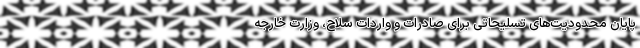
پایان محدودیت‌های تسلیحاتی برای صادرات و واردات سلاح، وزارت خارجه